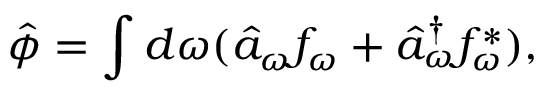
\hat { \phi } = \int d \omega ( \hat { a } _ { \omega } f _ { \omega } + \hat { a } _ { \omega } ^ { \dagger } f _ { \omega } ^ { * } ) ,